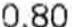
0.80